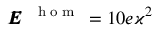
\pmb { { \cal E } } ^ { \mathrm { ~ \tiny ~ { ~ h ~ o ~ m ~ } ~ } } = 1 0 e \varkappa ^ { 2 }